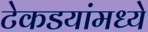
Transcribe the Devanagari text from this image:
टेकडयांमध्ये